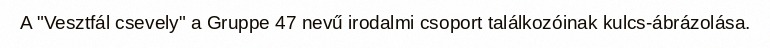
A "Vesztfál csevely" a Gruppe 47 nevű irodalmi csoport találkozóinak kulcs-ábrázolása.